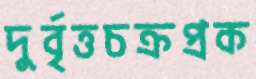
দুর্বৃত্তচক্রপ্রক